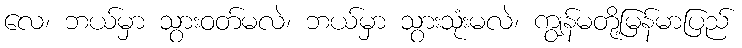
လေ၊ ဘယ်မှာ သွားဝတ်မလဲ၊ ဘယ်မှာ သွားသုံးမလဲ၊ ကျွန်မတို့မြန်မာပြည်